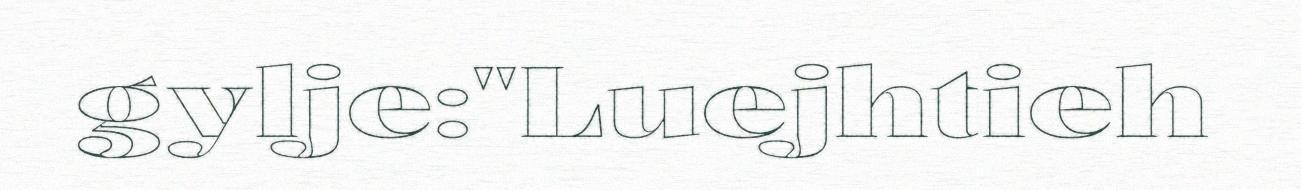
gylje:"Luejhtieh